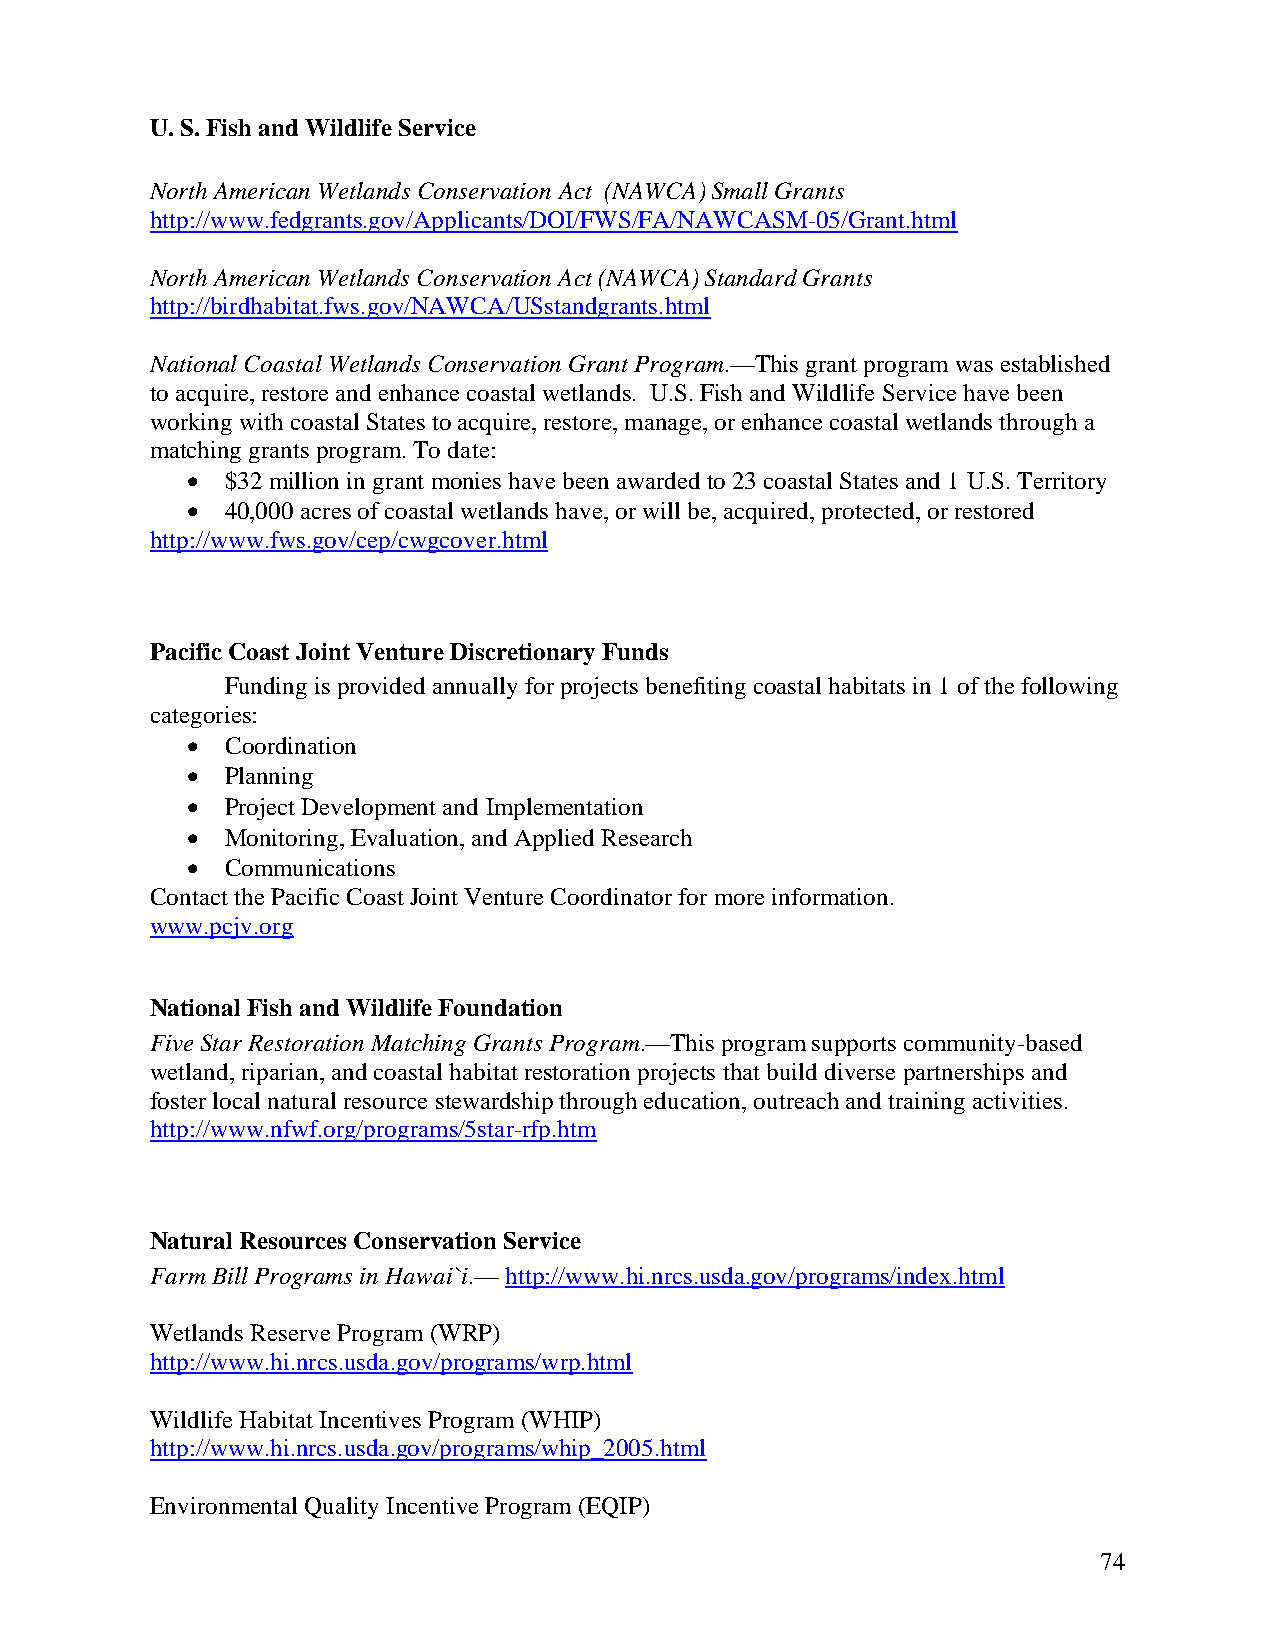
U. S. Fish and Wildlife Service
 North American Wetlands Conservation Act (NAWCA) Small Grants
 http://www.fedgrants.gov/Applicants/DOI/FWS/FA/NAWCASM-05/Grant.html
 North American Wetlands Conservation Act (NAWCA) Standard Grants
 http://birdhabitat.fws.gov/NAWCA/USstandgrants.html
 National Coastal Wetlands Conservation Grant Program.—This grant program was established
 to acquire, restore and enhance coastal wetlands. U.S. Fish and Wildlife Service have been
 working with coastal States to acquire, restore, manage, or enhance coastal wetlands through a
 matching grants program. To date:
 •  $32 million in grant monies have been awarded to 23 coastal States and 1 U.S. Territory
 •  40,000 acres of coastal wetlands have, or will be, acquired, protected, or restored
 http://www.fws.gov/cep/cwgcover.html
 Pacific Coast Joint Venture Discretionary Funds
 Funding is provided annually for projects benefiting coastal habitats in 1 of the following
 categories:
 •  Coordination
 •  Planning
 •  Project Development and Implementation
 •  Monitoring, Evaluation, and Applied Research
 •  Communications
 Contact the Pacific Coast Joint Venture Coordinator for more information.
 www.pcjv.org
 National Fish and Wildlife Foundation
 Five Star Restoration Matching Grants Program.—This program supports community-based
 wetland, riparian, and coastal habitat restoration projects that build diverse partnerships and
 foster local natural resource stewardship through education, outreach and training activities.
 http://www.nfwf.org/programs/5star-rfp.htm
 Natural Resources Conservation Service
 Farm Bill Programs in Hawai`i.— http://www.hi.nrcs.usda.gov/programs/index.html
 Wetlands Reserve Program (WRP)
 http://www.hi.nrcs.usda.gov/programs/wrp.html
 Wildlife Habitat Incentives Program (WHIP)
 http://www.hi.nrcs.usda.gov/programs/whip_2005.html
 Environmental Quality Incentive Program (EQIP)
 74